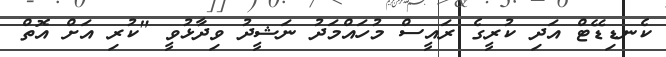
ކެނޑިޑޭޓް އަދި ކުރީގެ ރައީސް މުހައްމަދު ނަޝީދު ވިދާޅުވީ "ކުރި އަށް އޮތް